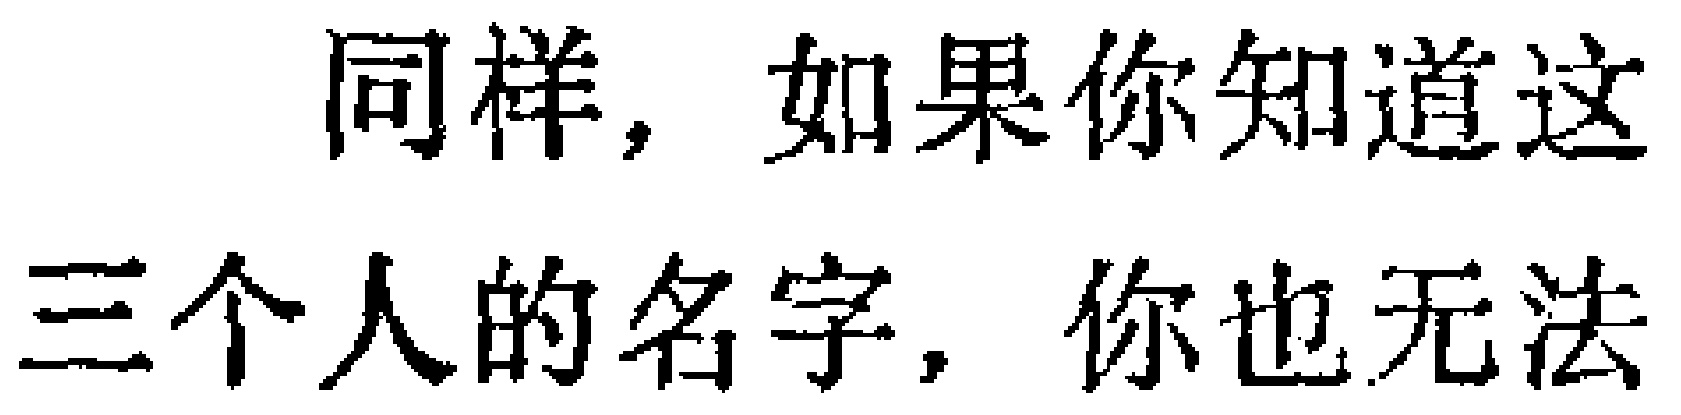
同样，如果你知道这三个人的名字，你也无法